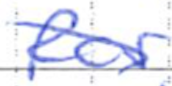
Text: for
Cross-out: diagonal
Writing tool: ballpoint